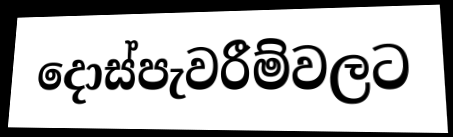
දොස්පැවරීම්වලට